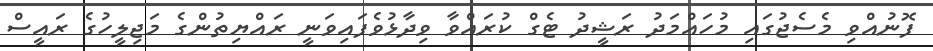
ފޮނުއްވި މެސެޖުގައި މުހައްމަދު ރަޝީދު ޓެގް ކުރައްވާ ވިދާޅުވެފައިވަނީ ރައްޔިތުންގެ މަޖިލީހުގެ ރައީސް